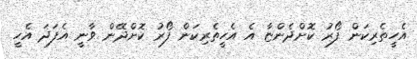
އެހީތެރިކަން ފޯރު ކޮށްދެންޏާ އެ އެހީތެރިކަން ފޯރު ކޮށްދޭން ވާނީ އެފަދަ އެހީ